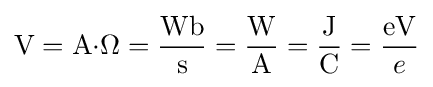
{\text{V}}={\text{A}}{\cdot }\Omega ={\frac {\text{Wb}}{\text{s}}}={\frac {\text{W}}{\text{A}}}={\frac {\text{J}}{\text{C}}}={\frac {\text{eV}}{e}}